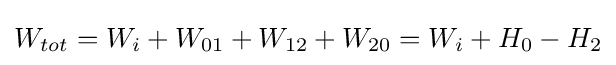
W_{tot}=W_{i}+W_{01}+W_{12}+W_{20}=W_{i}+H_{0}-H_{2}